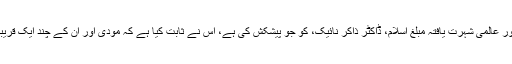
اس منڈلی نے حال ہی میں بھارت کے ممتاز عالمِ دین اور عالمی شہرت یافتہ مبلّغِ اسلام، ڈاکٹر ذاکر نائیک، کو جو پیشکش کی ہے، اس نے ثابت کیا ہے کہ مودی اور اُن کے چند ایک قریبی ساتھیوں کا اوڑھنا بچھونا دھوکہ دہی اور جھوٹ ہے۔